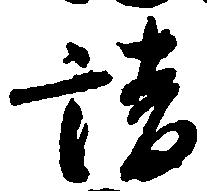
請